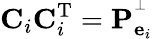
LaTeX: \mathbf{C}_{i}\mathbf{C}_{i}^{\textrm{T}}=\mathbf{P}_{\mathbf{e}_{i}}^{^{\perp}}